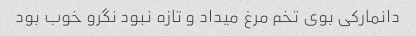
دانمارکی بوی تخم مرغ میداد و تازه نبود نگرو خوب بود